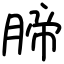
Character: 腣